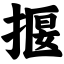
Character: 揠